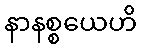
နာနစ္စယေဟိ